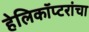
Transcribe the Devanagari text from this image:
हेलिकॉप्टरांचा